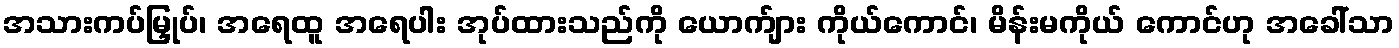
အသားကပ်မြှုပ်၊ အရေထူ အရေပါး အုပ်ထားသည်ကို ယောက်ျား ကိုယ်ကောင်၊ မိန်းမကိုယ် ကောင်ဟု အခေါ်သာ